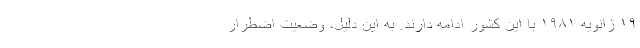
۱۹ ژانویه ۱۹۸۱ با این کشور ادامه دارند. به این دلیل، وضعیت اضطرار